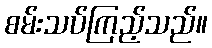
စမ်းသပ်ကြည့်သည်။